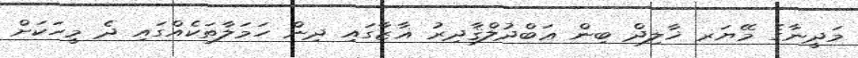
މަދީނާގެ މޭޔަރ ޚާލިދް ބިން ޢަބްދުލްޤާދިރު ޣާޒާގައި ދިން ހަމަލާތަކެއްގައި ދެ މީހަކަށް